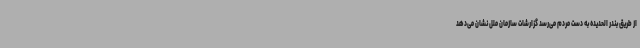
از طریق بندر الحدیده به دست مردم می‌رسد گزارشات سازمان ملل نشان می‌دهد